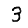
Digit: 3